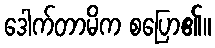
ဒေါက်တာမိက စပြော၏။